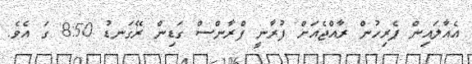
އެއާލައިން ޕެރިހުން ރާއްޖެއަށް ފުރާނީ ފްރާންސް ގަޑިން ރޭގަނޑު 8:50 ގަ އެވެ.